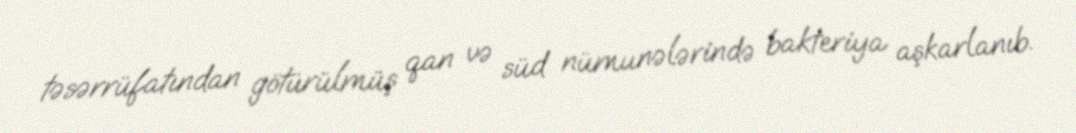
təsərrüfatından götürülmüş qan və süd nümunələrində bakteriya aşkarlanıb.